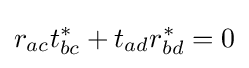
r_{ac}t_{bc}^{\ast }+t_{ad}r_{bd}^{\ast }=0